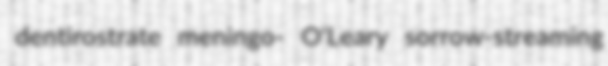
dentirostrate meningo- O'Leary sorrow-streaming